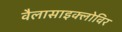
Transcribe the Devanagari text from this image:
वैलासाइक्लोविर